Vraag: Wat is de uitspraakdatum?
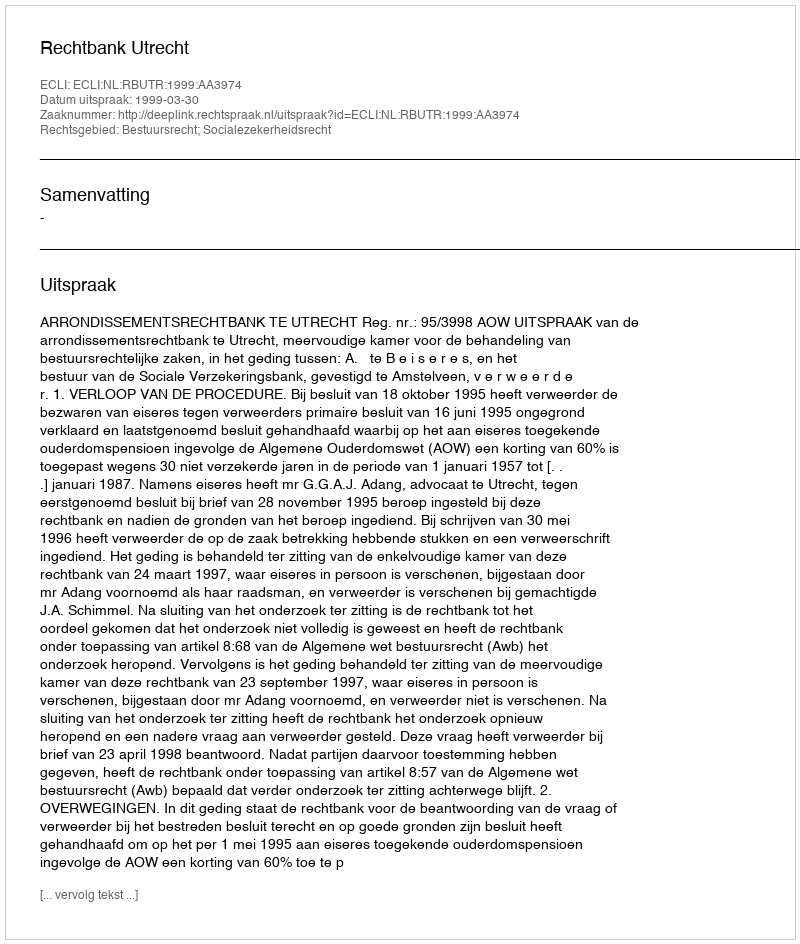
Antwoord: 1999-03-30